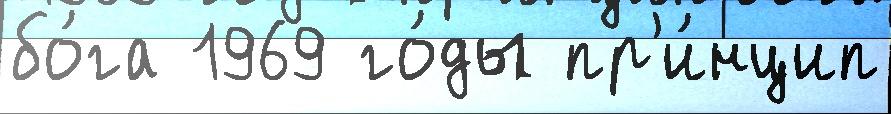
бо́га 1969 го́ды пр'и́нцип